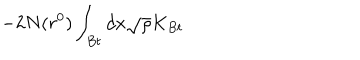
LaTeX: - 2 N ( r ^ { 0 } ) \int _ { B t } d x \sqrt { \rho } K _ { B t }